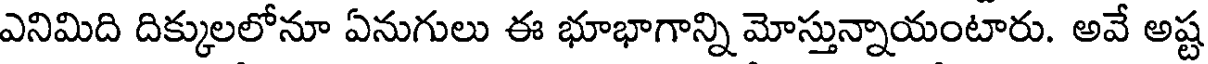
ఎనిమిది దిక్కులలోనూ ఏనుగులు ఈ భూభాగాన్ని మోస్తున్నాయంటారు. అవే అష్ట